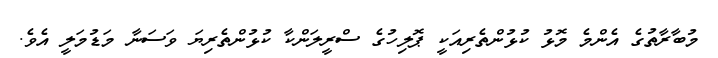
މުބާރާތުގެ އެންމެ މޮޅު ކުޅުންތެރިއަކީ ޕޮލިހުގެ ސްރީލަންކާ ކުޅުންތެރިޔަ ވަސަނާ މަޑުމަލީ އެވެ.